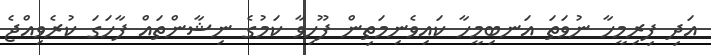
އަދި ފިރިމީހާ ނުވަތަ އަނބިމީހާ ކައިވެނިމަތިން ފޫހިވާ ކަމުގެ ނިޝާންތައް ފާހަގަ ކުރެވިއްޖެ